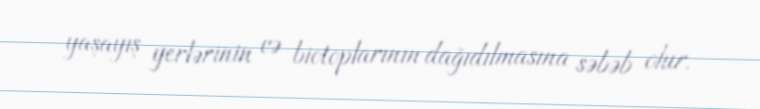
yaşayış yerlərinin və biotoplarının dağıdılmasına səbəb olur.